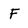
Character: F